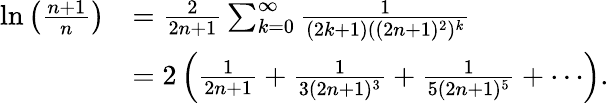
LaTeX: {\begin{array}{rl}{\ln\left({\frac{n+1}{n}}\right)}&{={\frac{2}{2n+1}}\sum_{k=0}^{\infty}{\frac{1}{(2k+1)((2n+1)^{2})^{k}}}}\\ &{=2\left({\frac{1}{2n+1}}+{\frac{1}{3(2n+1)^{3}}}+{\frac{1}{5(2n+1)^{5}}}+\cdots\right).}\end{array}}